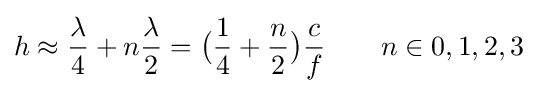
h\approx {\lambda  \over 4}+n{\lambda  \over 2}={\big (}{1 \over 4}+{n \over 2}{\big )}{c \over f}\qquad n\in 0,1,2,3